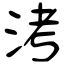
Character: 洘